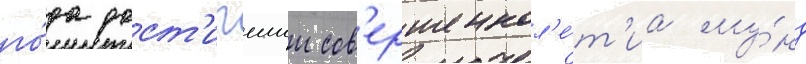
го́да дост'игшии сов'ершеннол'е́т'иа му́нд